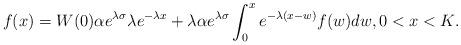
LaTeX: \begin{align*}f(x) = W(0)\alpha e^{\lambda \sigma}\lambda e^{-\lambda x} + \lambda \alpha e^{\lambda \sigma}\int_{0}^x e^{-\lambda(x - w)}f(w)dw, 0 < x < K. \end{align*}